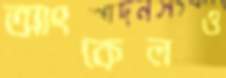
আংকেলও